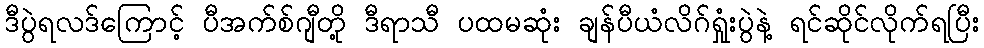
ဒီပွဲရလဒ်ကြောင့် ပီအက်စ်ဂျီတို့ ဒီရာသီ ပထမဆုံး ချန်ပီယံလိဂ်ရှုံးပွဲနဲ့ ရင်ဆိုင်လိုက်ရပြီး